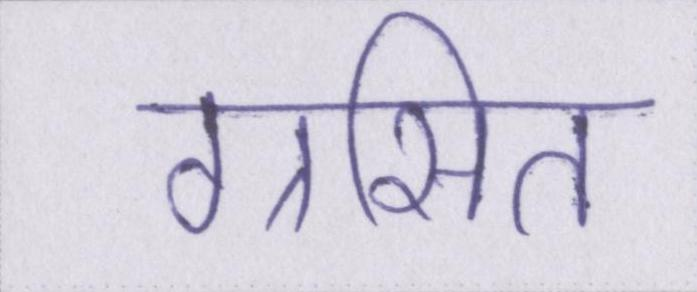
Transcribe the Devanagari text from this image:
ग्रसित